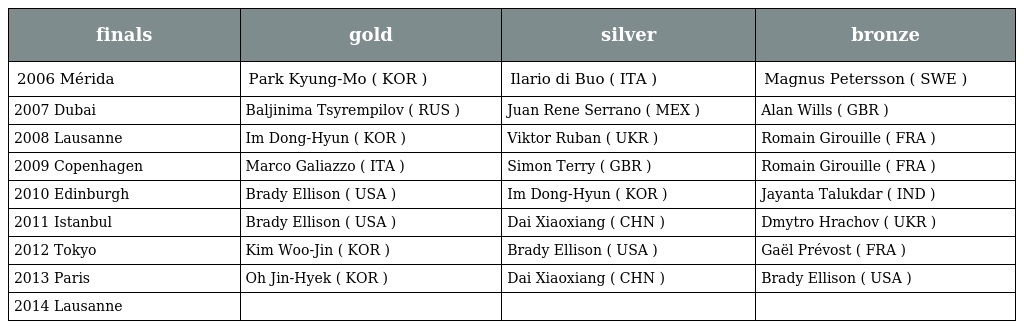
| finals | gold | silver | bronze |
 | --- | --- | --- | --- |
 | 2006 Mérida | Park Kyung-Mo ( KOR ) | Ilario di Buo ( ITA ) | Magnus Petersson ( SWE ) |
 | 2007 Dubai | Baljinima Tsyrempilov ( RUS ) | Juan Rene Serrano ( MEX ) | Alan Wills ( GBR ) |
 | 2008 Lausanne | Im Dong-Hyun ( KOR ) | Viktor Ruban ( UKR ) | Romain Girouille ( FRA ) |
 | 2009 Copenhagen | Marco Galiazzo ( ITA ) | Simon Terry ( GBR ) | Romain Girouille ( FRA ) |
 | 2010 Edinburgh | Brady Ellison ( USA ) | Im Dong-Hyun ( KOR ) | Jayanta Talukdar ( IND ) |
 | 2011 Istanbul | Brady Ellison ( USA ) | Dai Xiaoxiang ( CHN ) | Dmytro Hrachov ( UKR ) |
 | 2012 Tokyo | Kim Woo-Jin ( KOR ) | Brady Ellison ( USA ) | Gaël Prévost ( FRA ) |
 | 2013 Paris | Oh Jin-Hyek ( KOR ) | Dai Xiaoxiang ( CHN ) | Brady Ellison ( USA ) |
 | 2014 Lausanne |  |  |  |